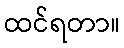
ထင်ရတာ။